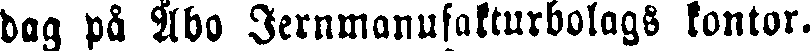
bag på Åbo Jernmanufaktursbolags kontor.